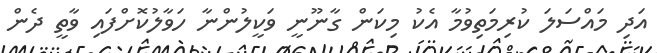
އަދި މައްސަލަ ކުރިމަތިވުމާ އެކު މިކަން ގާނޫނީ ވަކީލުންނާ ހަވާލުކޮށްފައި ވާތީ ދެން